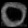
Digit: ၀